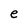
Character: e